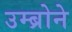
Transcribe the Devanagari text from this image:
उम्ब्रोने